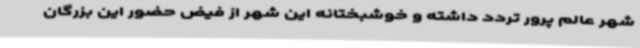
شهر عالم پرور تردد داشته و خوشبختانه این شهر از فیض حضور این بزرگان